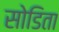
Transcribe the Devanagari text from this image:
सोडिता